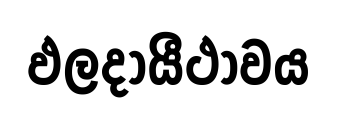
ඵලදායීථාවය